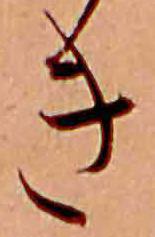
き